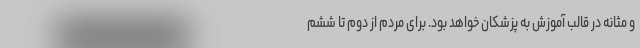
و مثانه در قالب آموزش به پزشکان خواهد بود. برای مردم از دوم تا ششم